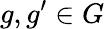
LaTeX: g,g^{\prime}\in G